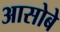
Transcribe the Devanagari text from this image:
आसोबे